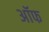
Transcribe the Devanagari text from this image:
अॉफ